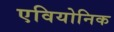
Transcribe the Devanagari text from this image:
एवियोनिक